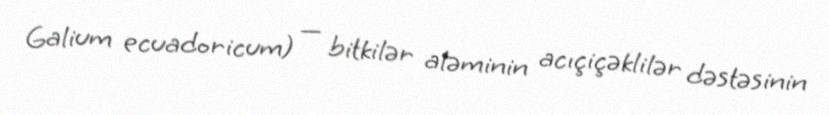
Galium ecuadoricum) — bitkilər aləminin acıçiçəklilər dəstəsinin